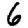
Digit: 6